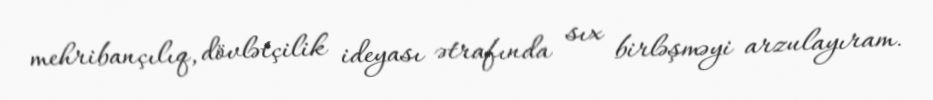
mehribançılıq, dövlətçilik ideyası ətrafında sıx birləşməyi arzulayıram.